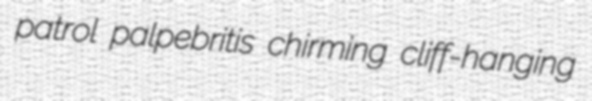
patrol palpebritis chirming cliff-hanging